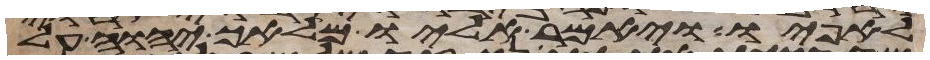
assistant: לאפיו ויאמר אליו מלאך יהוה על